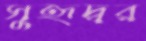
সুহৃদ্বর